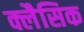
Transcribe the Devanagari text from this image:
क्लैसिक